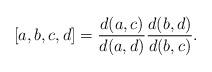
LaTeX: \begin{align*}[a,b,c,d]=\frac{d(a,c)}{d(a,d)}\frac{d(b,d)}{d(b,c)}.\end{align*}